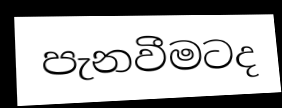
පැනවීමටද